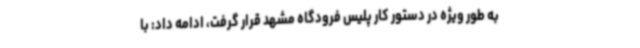
به طور ویژه در دستور کار پلیس فرودگاه مشهد قرار گرفت، ادامه داد: با